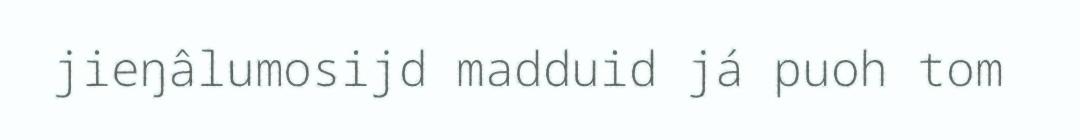
jieŋâlumosijd madduid já puoh tom